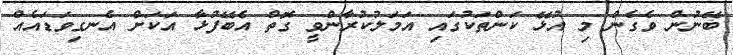
ބޭނުން ވެގެން މި އުޅޭ ކަންތަކުގައި އަމަލުކުރާންވީ ގޮތް އެބޭފުޅާ އަކަށް އެނގިވަޑައެއް